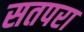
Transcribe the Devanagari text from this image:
सतपरा